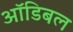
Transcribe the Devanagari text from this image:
ऑडिबल